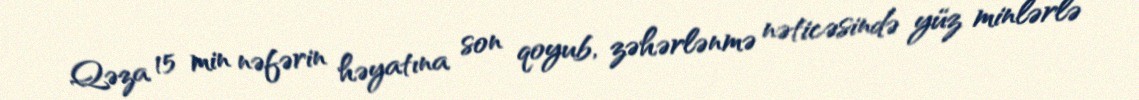
Qəza 15 min nəfərin həyatına son qoyub, zəhərlənmə nəticəsində yüz minlərlə